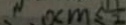
0 < m \leq \frac { 1 } { 2 }